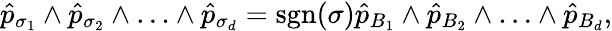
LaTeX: \hat{p}_{\sigma_{1}}\wedge\hat{p}_{\sigma_{2}}\wedge\ldots\wedge\hat{p}_{\sigma_{d}}=\textrm{sgn}(\sigma)\hat{p}_{B_{1}}\wedge\hat{p}_{B_{2}}\wedge\ldots\wedge\hat{p}_{B_{d}},